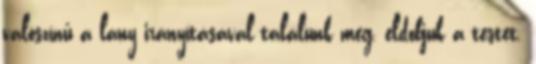
valószínű a lány irányításával találunk meg, eldobjuk a testet.